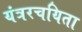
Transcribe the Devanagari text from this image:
यंत्ररचयिता